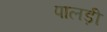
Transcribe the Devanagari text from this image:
पालड़ी